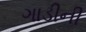
ગાડીની